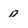
Character: D